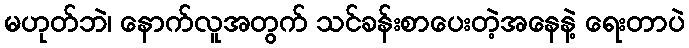
မဟုတ်ဘဲ၊ နောက်လူအတွက် သင်ခန်းစာပေးတဲ့အနေနဲ့ ရေးတာပဲ